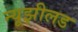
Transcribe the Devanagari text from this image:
न्यूझीलड